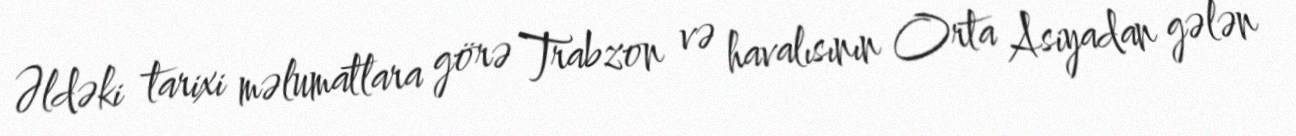
Əldəki tarixi məlumatlara görə Trabzon və havalısının Orta Asiyadan gələn